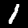
Digit: 1